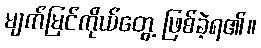
မျက်မြင်ကိုယ်တွေ့ ဖြစ်ခဲ့ရ၏။